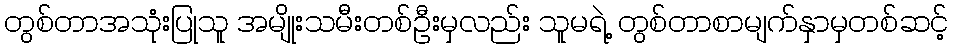
တွစ်တာအသုံးပြုသူ အမျိုးသမီးတစ်ဦးမှလည်း သူမရဲ့ တွစ်တာစာမျက်နှာမှတစ်ဆင့်